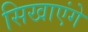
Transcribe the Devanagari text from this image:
सिखाएंगे